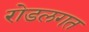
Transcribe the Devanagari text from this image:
रोडलगत